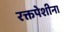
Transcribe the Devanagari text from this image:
रक्तपेशीना